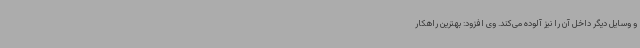
و وسایل دیگر داخل آن را نیز آلوده می‌کند. وی افزود: بهترین راهکار